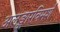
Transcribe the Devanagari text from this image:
अलङ्कारविमर्श